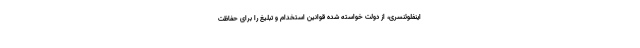
اینفلوئنسری، از دولت خواسته شده قوانین استخدام و تبلیغ را برای حفاظت